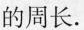
的周长。